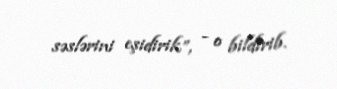
səslərini eşidirik”, - o bildirib.